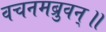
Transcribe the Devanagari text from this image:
वचनमब्रुवन्॥